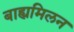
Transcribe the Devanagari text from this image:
बाह्यमिलन